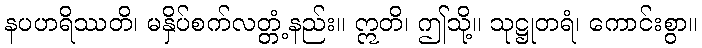
နပဟရိဿတိ၊ မနှိပ်စက်လတ္တံ့နည်း။ ဣတိ၊ ဤသို့။ သုဋ္ဌုတရံ၊ ကောင်းစွာ။